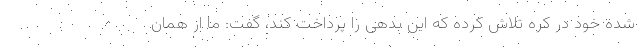
شده خود در کره تلاش کرده که این بدهی را پرداخت کند، گفت: ما از همان